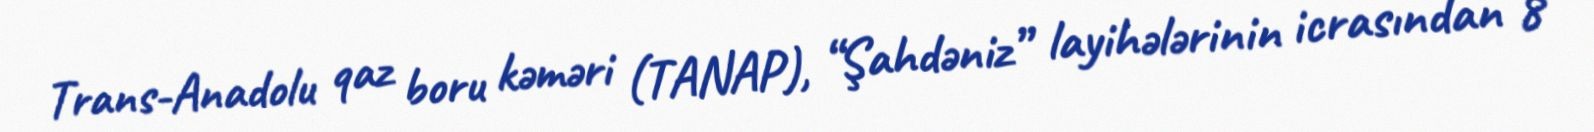
Trans-Anadolu qaz boru kəməri (TANAP), “Şahdəniz” layihələrinin icrasından 8